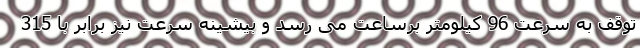
توقف به سرعت 96 کیلومتر برساعت می رسد و بیشینه سرعت نیز برابر با 315